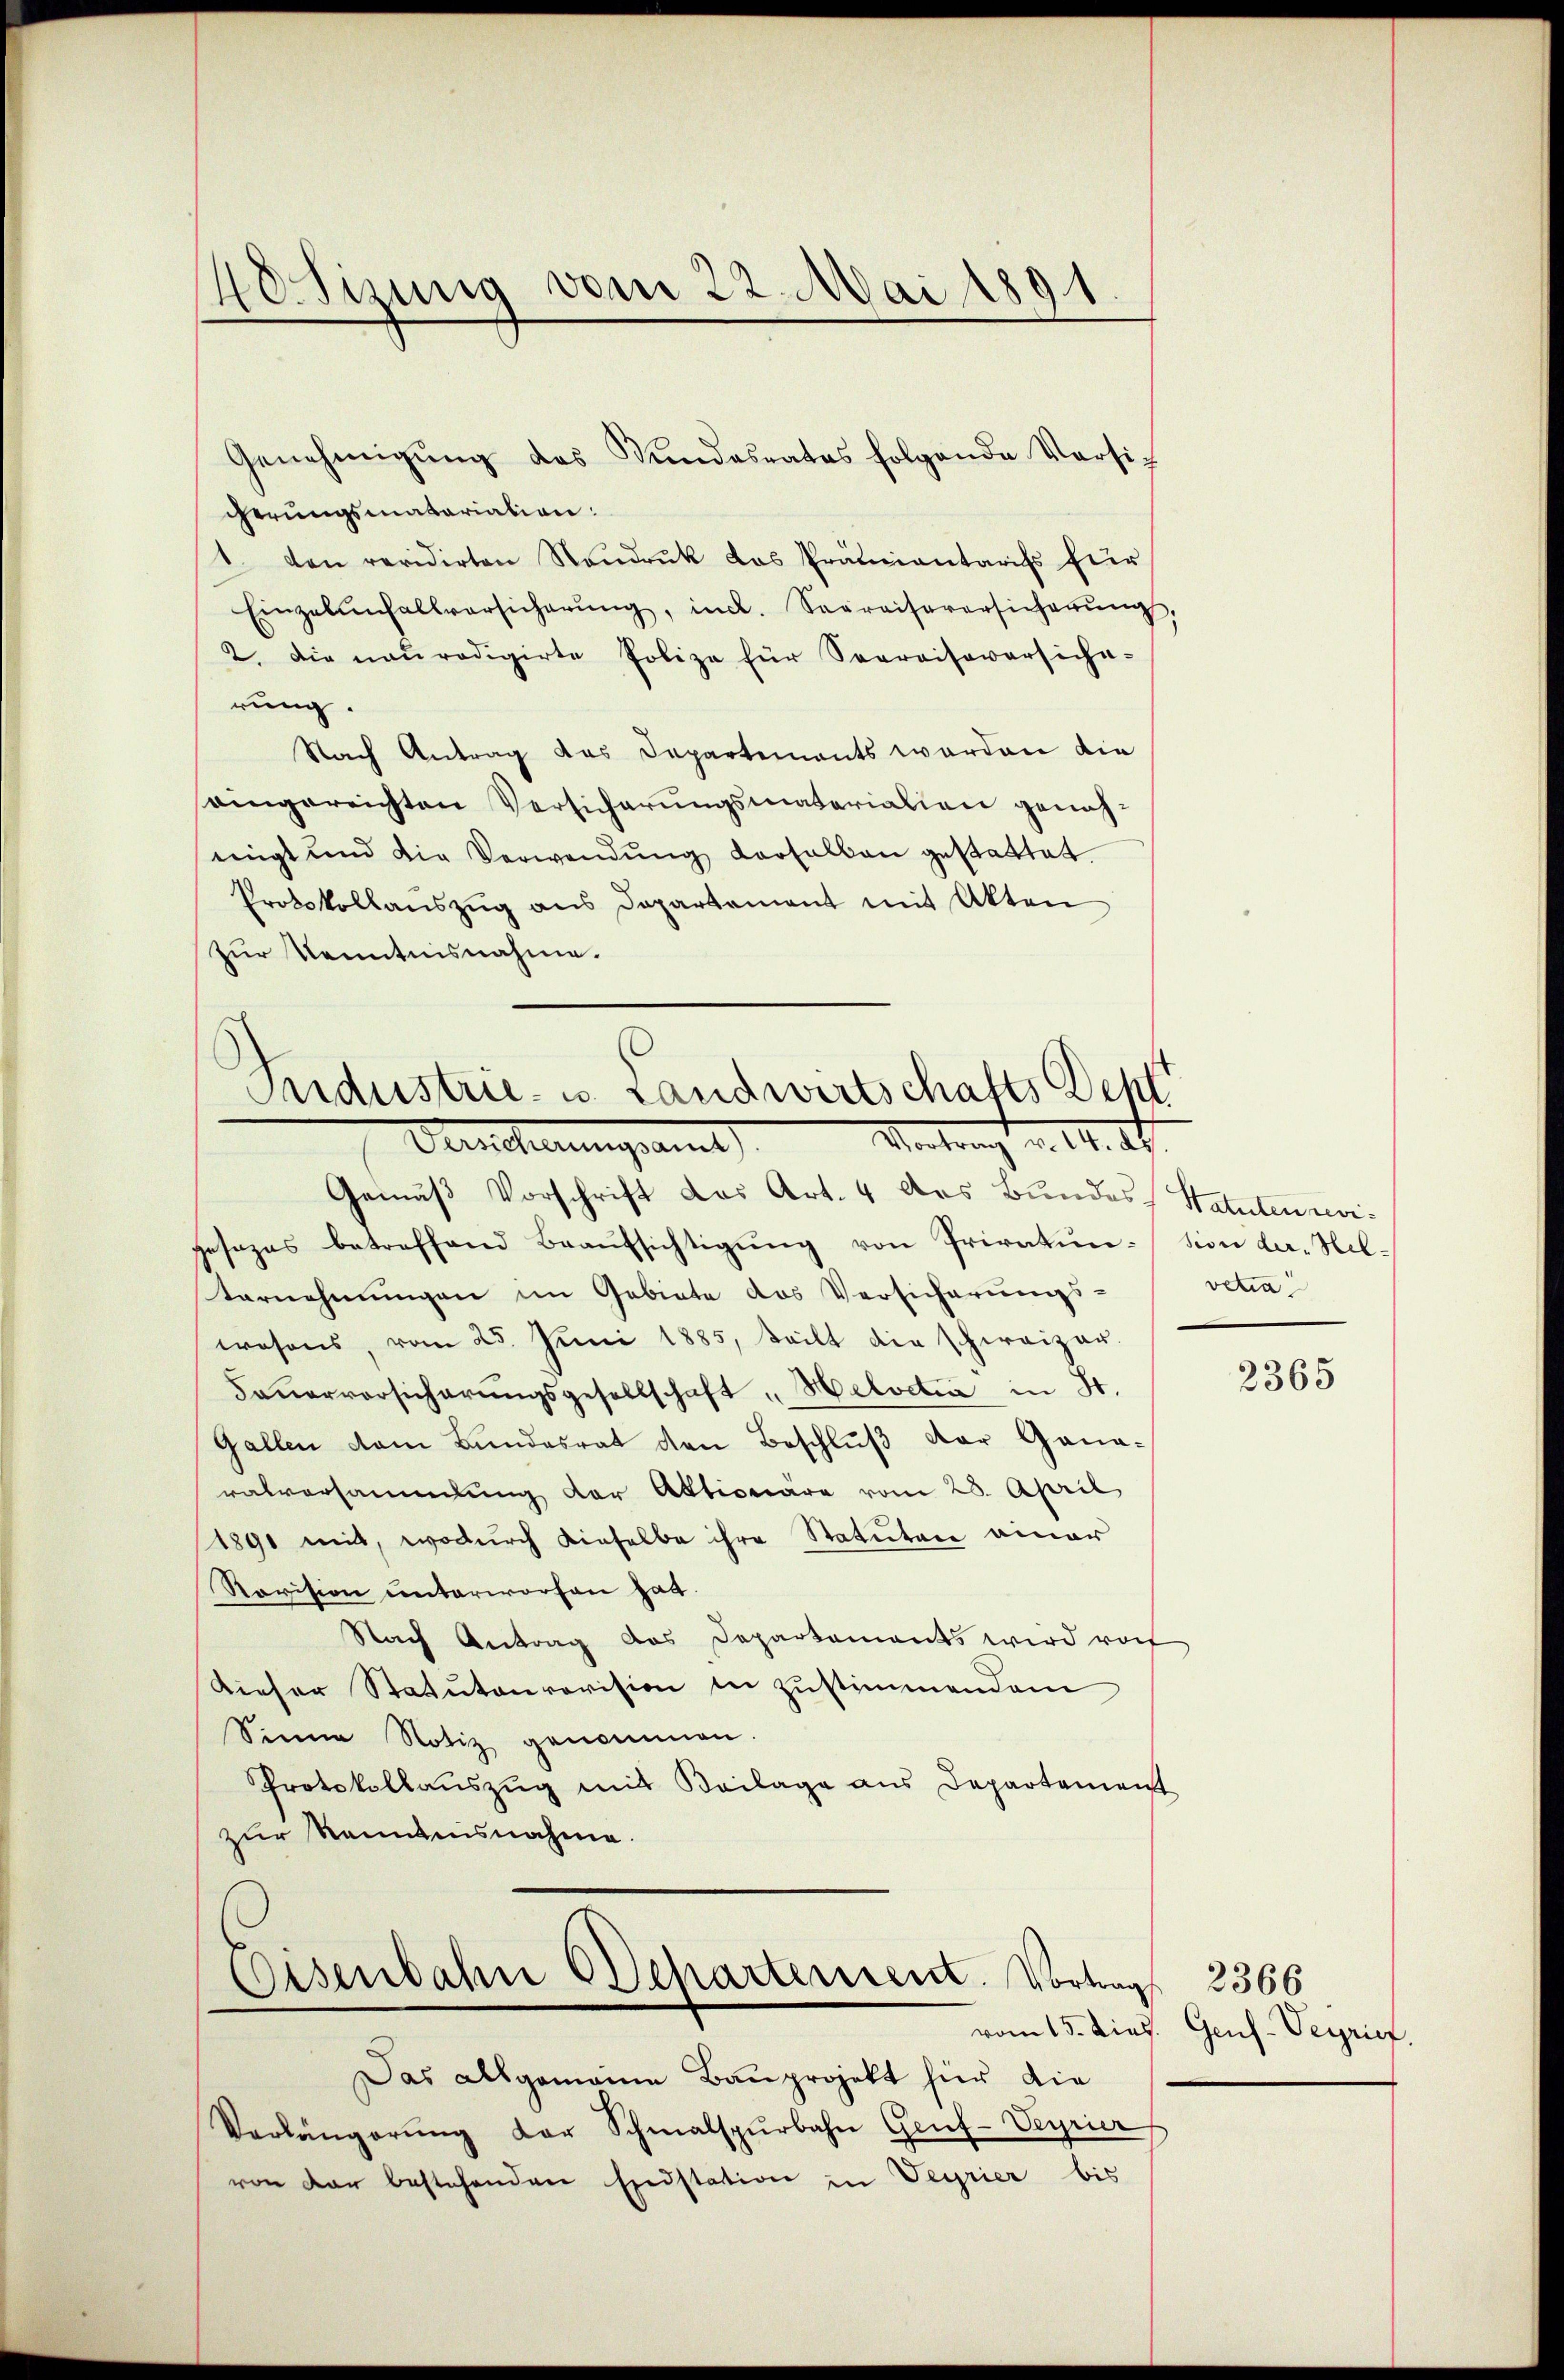
Hotizung vom 22. Mai 1891

Genehmigŭng des Kundesrates folgende Versic
cherungsmatariation:
1. den revidirten Neŭdrŭk das Prämientaris für
Einzelunfallvorsicherŭng, incl. Sepreiseversicherŭng.
2. Die naŭrodigirte Polize für Seereiseversiche-
rung.
Nach Antrag das Departements worden die
eingereichten Versicherungsmaterialien genoheigt und die Verwendŭng vorfallen gestattet
Protokollaŭszŭg ans Departament mit Akten
zur Kenntnisnahme.

Industrie- u. Landwirtschafts Dep
Vertragt v. 14. ds.
Denischerungsamt

Gemäβ Vorschrift das Art. 4 das Bundes Statuten revi-
gesezes betreffend Beaŭfsichtigŭng von Privatin-sion der Hel-
ternehmungen im Gebiete des Versicherŭngs-
wesens, vom 25. Juni 1885, teilt die schweizer-
Feŭerversicherŭngsgesellschaft "Helvetia in St.
Gallen dem Bundesrat den Beschlŭβ der Gana-
ratversammlung der Aktionäre vom 28. April
1891 mit, wodurch dieselbe ihre Statuten einer
Ravision unterworfen hat.
Nach Antrag das Departements wird rof
Dieser Statutenrevision in zustimmendem
Sinne Notiz genommen.
Protokollauszug mit Beilage aus Departement
zur Kenntensnahme.
Osenbahn Departement. Vortrag 2366

vetia

Das allgemeine Bauprojekt hier die
Verlängerŭng der Schmalspurbahn Genf-Verrier
von der bestehenden Endstation in Verrier bis

2365

vom 15. Dies. Genf-Veyrief.